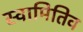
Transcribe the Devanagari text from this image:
स्वामितिव